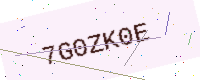
Text: 7G0ZK0E